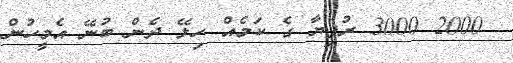
2000 3000 ރުފިޔާ ގެ ކަމެއް ހިލޭ ދެން ބުނޭ އެމީހުން